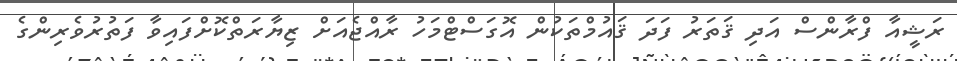
ރަޝީއާ ފްރާންސް އަދި ޤަތަރު ފަދަ ޤައުމްތަކުން އޮގަސްޓްމަހު ރާއްޖެއަށް ޒިޔާރަތްކޮށްފައިވާ ފަތުރުވެރިންގެ